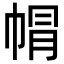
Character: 㡌